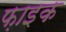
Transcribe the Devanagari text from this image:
फ़ाइक